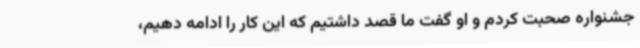
جشنواره صحبت کردم و او گفت ما قصد داشتیم که این کار را ادامه دهیم،